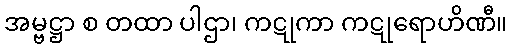
အမ္ဗဋ္ဌာ စ တထာ ပါဌာ၊ ကဋုကာ ကဋုရောဟိဏီ။